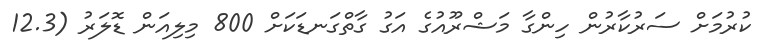
ކުރުމަށް ސަރުކާރުން ހިންގާ މަޝްރޫއުގެ އަގު ގާތްގަނޑަކަށް 800 މިލިއަން ޑޮލަރު (12.3